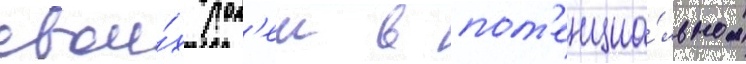
свои́х рол'еи в пот'енциа́льном